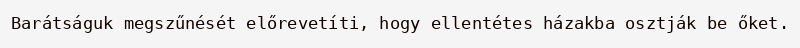
Barátságuk megszűnését előrevetíti, hogy ellentétes házakba osztják be őket.